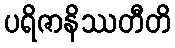
ပရိဇာနိဿတီတိ